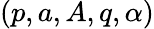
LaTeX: (p,a,A,q,\alpha)